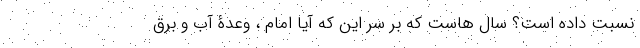
نسبت داده است؟ سال هاست که بر سر این که آیا امام ، وعدۀ آب و برق